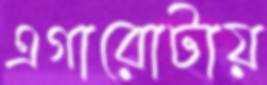
এগারোটায়